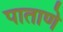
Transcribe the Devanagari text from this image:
पाताणे